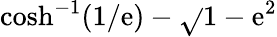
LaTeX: \cosh^{-1}(1/\mathrm{e})-{\sqrt{}{{1-\mathrm{e}^{2}}}}